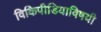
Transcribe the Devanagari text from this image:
विकिपीडियाविषयी